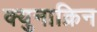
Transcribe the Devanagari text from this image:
क्युनाक्रिन